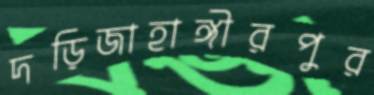
দড়িজাহাঙ্গীরপুর